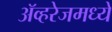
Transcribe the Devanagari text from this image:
ॲव्हरेजमध्ये